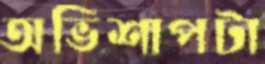
অভিশাপটা